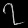
Digit: ၇